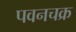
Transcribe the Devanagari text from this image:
पवनचक्र